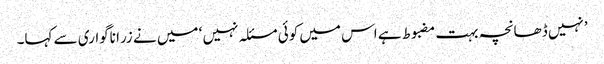
’نہیں ڈھانچہ بہت مضبوط ہے اس میں کوئی مسئلہ نہیں ‘ میں نے زرا ناگواری سے کہا۔